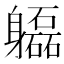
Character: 𨊚